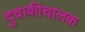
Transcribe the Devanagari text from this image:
दुचाकीचालक